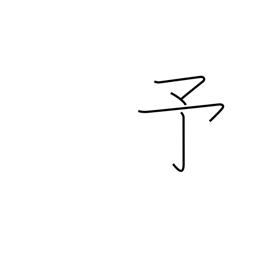
Meaning: previous